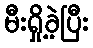
မီးရှို့ခဲ့ပြီး